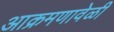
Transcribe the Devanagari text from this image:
आक्रमणावेळी